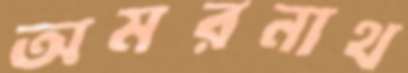
অমরনাথ